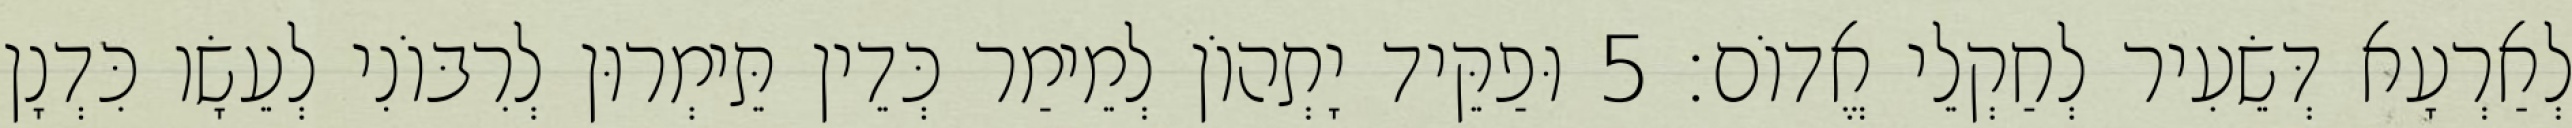
לְאַרְעָא דְּשֵׂעִיר לְחַקְלֵי אֱדוֹם׃ 5 וּפַקֵּיד יָתְהוֹן לְמֵימַר כְּדֵין תֵּימְרוּן לְרִבּוֹנִי לְעֵשָׂו כִּדְנָן